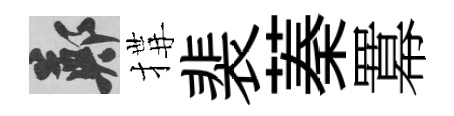
鄭搆裴蓁羃